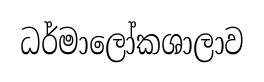
ධර්මාලෝකශාලාව